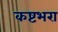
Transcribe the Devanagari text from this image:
कष्टभरा